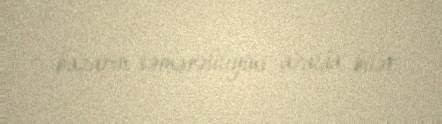
bazarın səmərəliliyini azalda bilər.